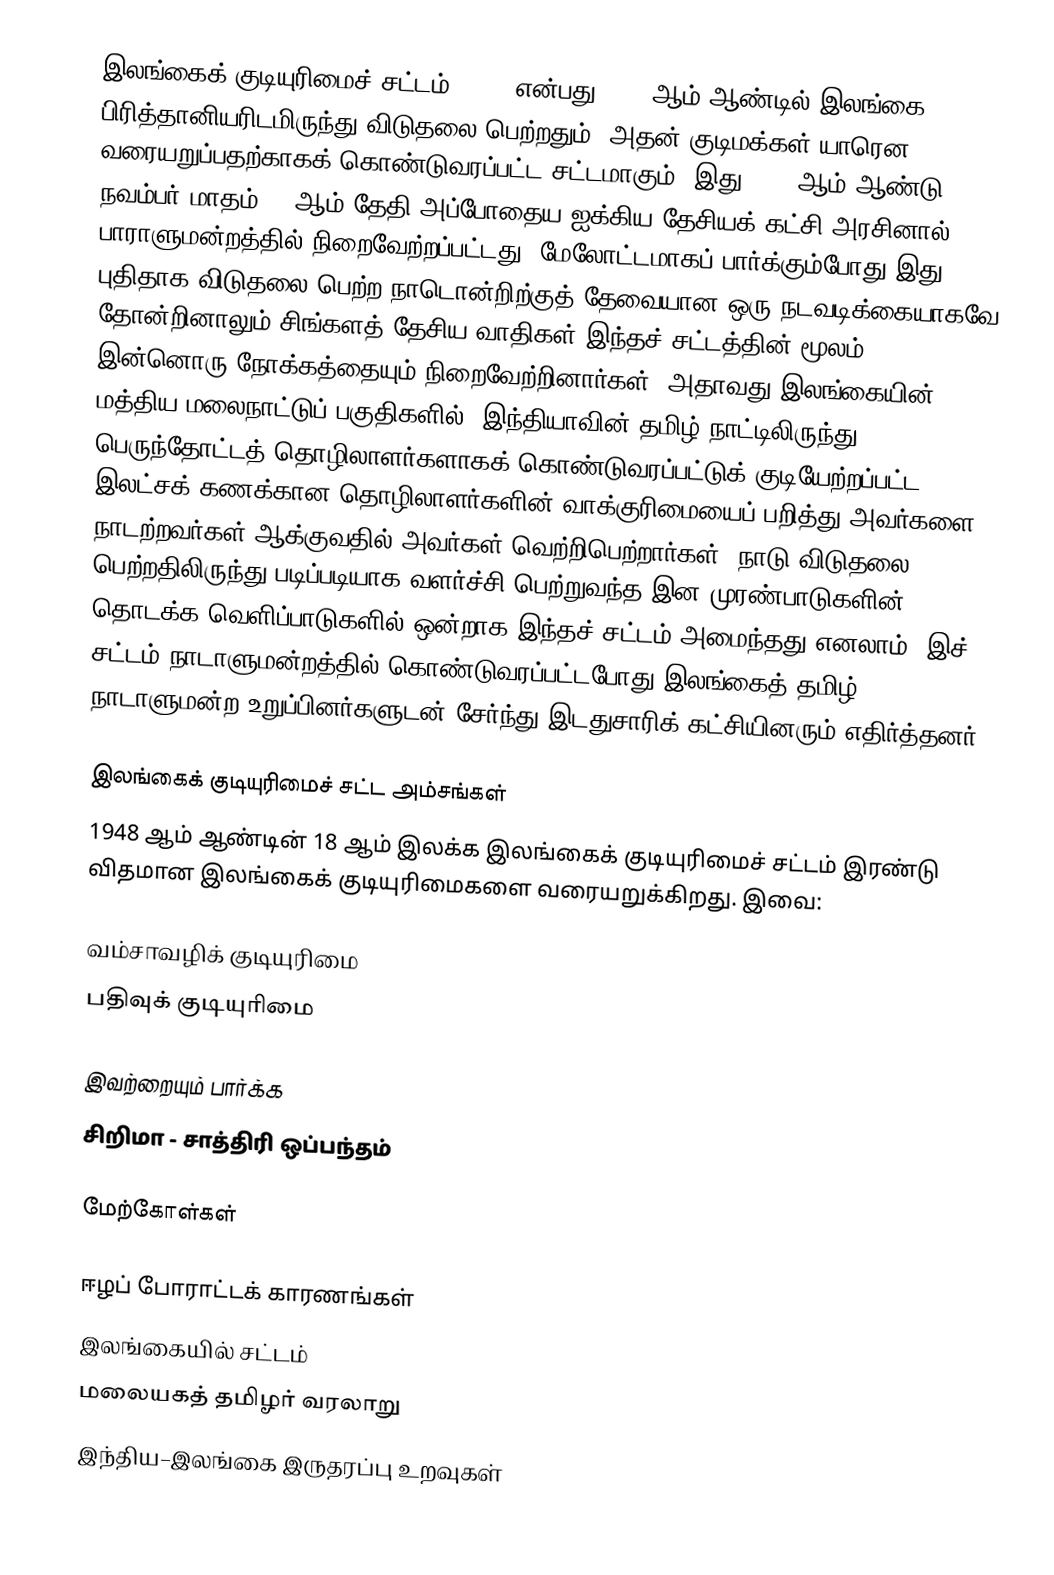
இலங்கைக் குடியுரிமைச் சட்டம், 1948 என்பது 1948 ஆம் ஆண்டில் இலங்கை பிரித்தானியரிடமிருந்து விடுதலை பெற்றதும், அதன் குடிமக்கள் யாரென வரையறுப்பதற்காகக் கொண்டுவரப்பட்ட சட்டமாகும். இது 1948 ஆம் ஆண்டு நவம்பர் மாதம் 15 ஆம் தேதி அப்போதைய ஐக்கிய தேசியக் கட்சி அரசினால் பாராளுமன்றத்தில் நிறைவேற்றப்பட்டது. மேலோட்டமாகப் பார்க்கும்போது இது புதிதாக விடுதலை பெற்ற நாடொன்றிற்குத் தேவையான ஒரு நடவடிக்கையாகவே தோன்றினாலும் சிங்களத் தேசிய வாதிகள் இந்தச் சட்டத்தின் மூலம் இன்னொரு நோக்கத்தையும் நிறைவேற்றினார்கள். அதாவது இலங்கையின் மத்திய மலைநாட்டுப் பகுதிகளில், இந்தியாவின் தமிழ் நாட்டிலிருந்து பெருந்தோட்டத் தொழிலாளர்களாகக் கொண்டுவரப்பட்டுக் குடியேற்றப்பட்ட இலட்சக் கணக்கான தொழிலாளர்களின் வாக்குரிமையைப் பறித்து அவர்களை நாடற்றவர்கள் ஆக்குவதில் அவர்கள் வெற்றிபெற்றார்கள். நாடு விடுதலை பெற்றதிலிருந்து படிப்படியாக வளர்ச்சி பெற்றுவந்த இன முரண்பாடுகளின் தொடக்க வெளிப்பாடுகளில் ஒன்றாக இந்தச் சட்டம் அமைந்தது எனலாம். இச் சட்டம் நாடாளுமன்றத்தில் கொண்டுவரப்பட்டபோது இலங்கைத் தமிழ் நாடாளுமன்ற உறுப்பினர்களுடன் சேர்ந்து இடதுசாரிக் கட்சியினரும் எதிர்த்தனர்.

இலங்கைக் குடியுரிமைச் சட்ட அம்சங்கள்
1948 ஆம் ஆண்டின் 18 ஆம் இலக்க இலங்கைக் குடியுரிமைச் சட்டம் இரண்டு விதமான இலங்கைக் குடியுரிமைகளை வரையறுக்கிறது. இவை:

 வம்சாவழிக் குடியுரிமை
 பதிவுக் குடியுரிமை

இவற்றையும் பார்க்க
 சிறிமா - சாத்திரி ஒப்பந்தம்

மேற்கோள்கள்

ஈழப் போராட்டக் காரணங்கள்
இலங்கையில் சட்டம்
மலையகத் தமிழர் வரலாறு
இந்திய–இலங்கை இருதரப்பு உறவுகள்